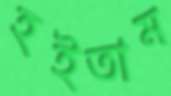
হইতাম